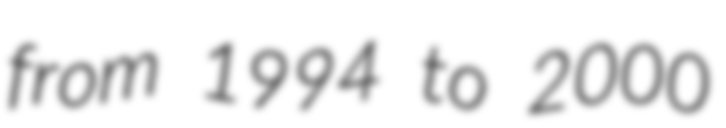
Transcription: from 1994 to 2000